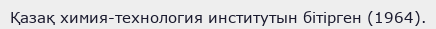
Қазақ химия-технология институтын бітірген (1964).